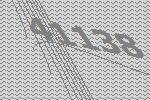
41138